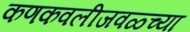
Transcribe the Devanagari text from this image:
कणकवलीजवळ्च्या